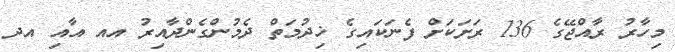
މިހާރު ރާއްޖޭގެ 136 ރަށަކަށް ފެނަކައިގެ ޚިދުމަތް ދެމުންގެންދާއިރު އއ އާއި އދ